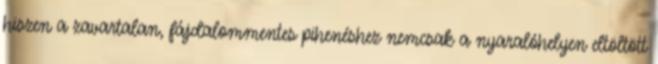
hiszen a zavartalan, fájdalommentes pihenéshez nemcsak a nyaralóhelyen eltöltött